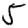
Digit: 5